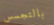
بالتجسس